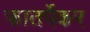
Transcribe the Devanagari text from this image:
फातर्पेकर